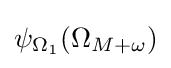
\psi _{\Omega _{1}}(\Omega _{M+\omega })